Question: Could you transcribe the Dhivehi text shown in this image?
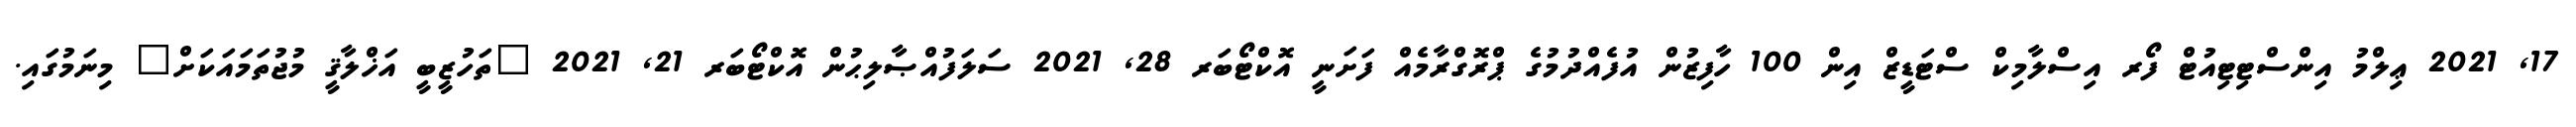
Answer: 17, 2021 ޢިލްމު އިންސްޓިޓިއުޓް ފޯރ އިސްލާމިކް ސްޓަޑީޒް އިން 100 ހާފިޒުން އުފެއްދުމުގެ ޕްރޮގްރާމެއް ފަށަނީ އޮކްޓޯބަރ 28, 2021 ސަލަފުއްޞާލިޙުން އޮކްޓޯބަރ 21, 2021 "ތަހުޒީބީ އަޚްލާޤީ މުޖުތަމައަކަށް" މިނަމުގައި.